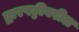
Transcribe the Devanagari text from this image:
द्वारपट्टीवरील